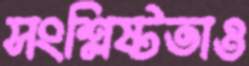
সংশ্লিষ্টতাও